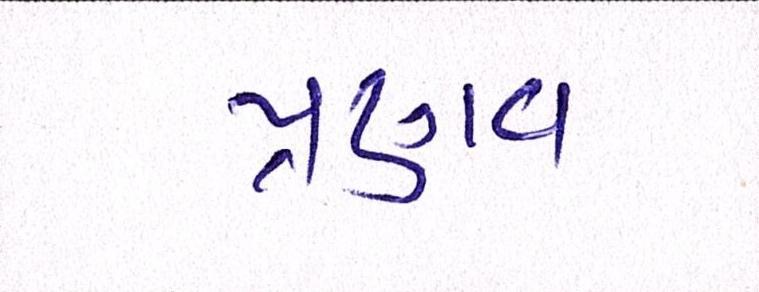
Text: પ્રણવ